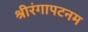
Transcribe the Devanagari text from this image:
श्रीरंगापटनम